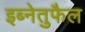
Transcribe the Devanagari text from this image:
इब्नेतुफैल